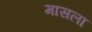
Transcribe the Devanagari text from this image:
मासला